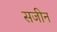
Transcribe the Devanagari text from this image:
सजीन